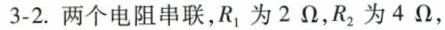
3-2.两个电阻串联，R_{1}为2 \Omega ,R_{2}为4\Omega，